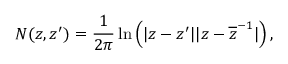
N ( z , z ^ { \prime } ) = \frac { 1 } { 2 \pi } \ln \left( | z - z ^ { \prime } | | z - \overline { { { z } } } ^ { - 1 } | \right) ,